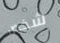
شخص